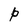
Character: P